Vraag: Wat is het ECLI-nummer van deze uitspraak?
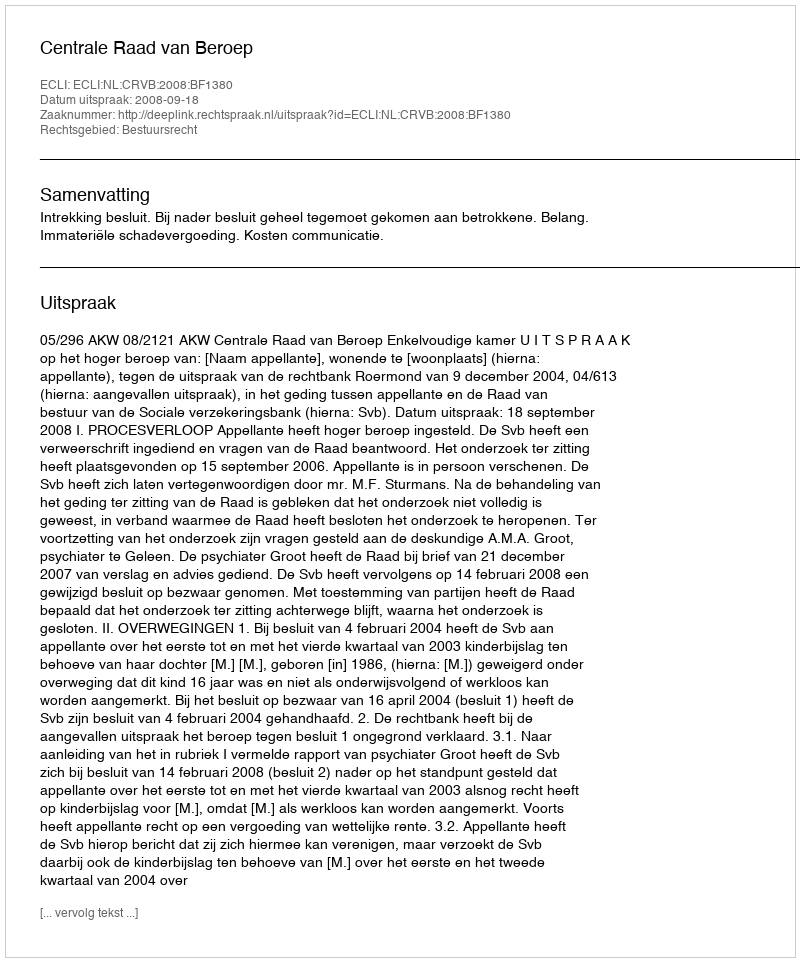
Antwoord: ECLI:NL:CRVB:2008:BF1380